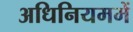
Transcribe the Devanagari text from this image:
अधिनियममें